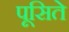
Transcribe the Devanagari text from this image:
पूसिते